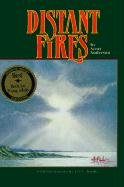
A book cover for Distant Fires (Turtleback School & Library Binding Edition); Scott Anderson; Teen & Young Adult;